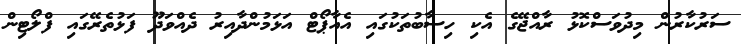
ސަރުކާރުން މިދުވަސްކޮޅު ރާއްޖޭގެ އެކި ހިސާބުތަކުގައި އެއާޕޯޓް އަޅަމުންދާއިރު ދެއްވަދޫ ފަޅުތެރޭގައި ފްލޯޓިން